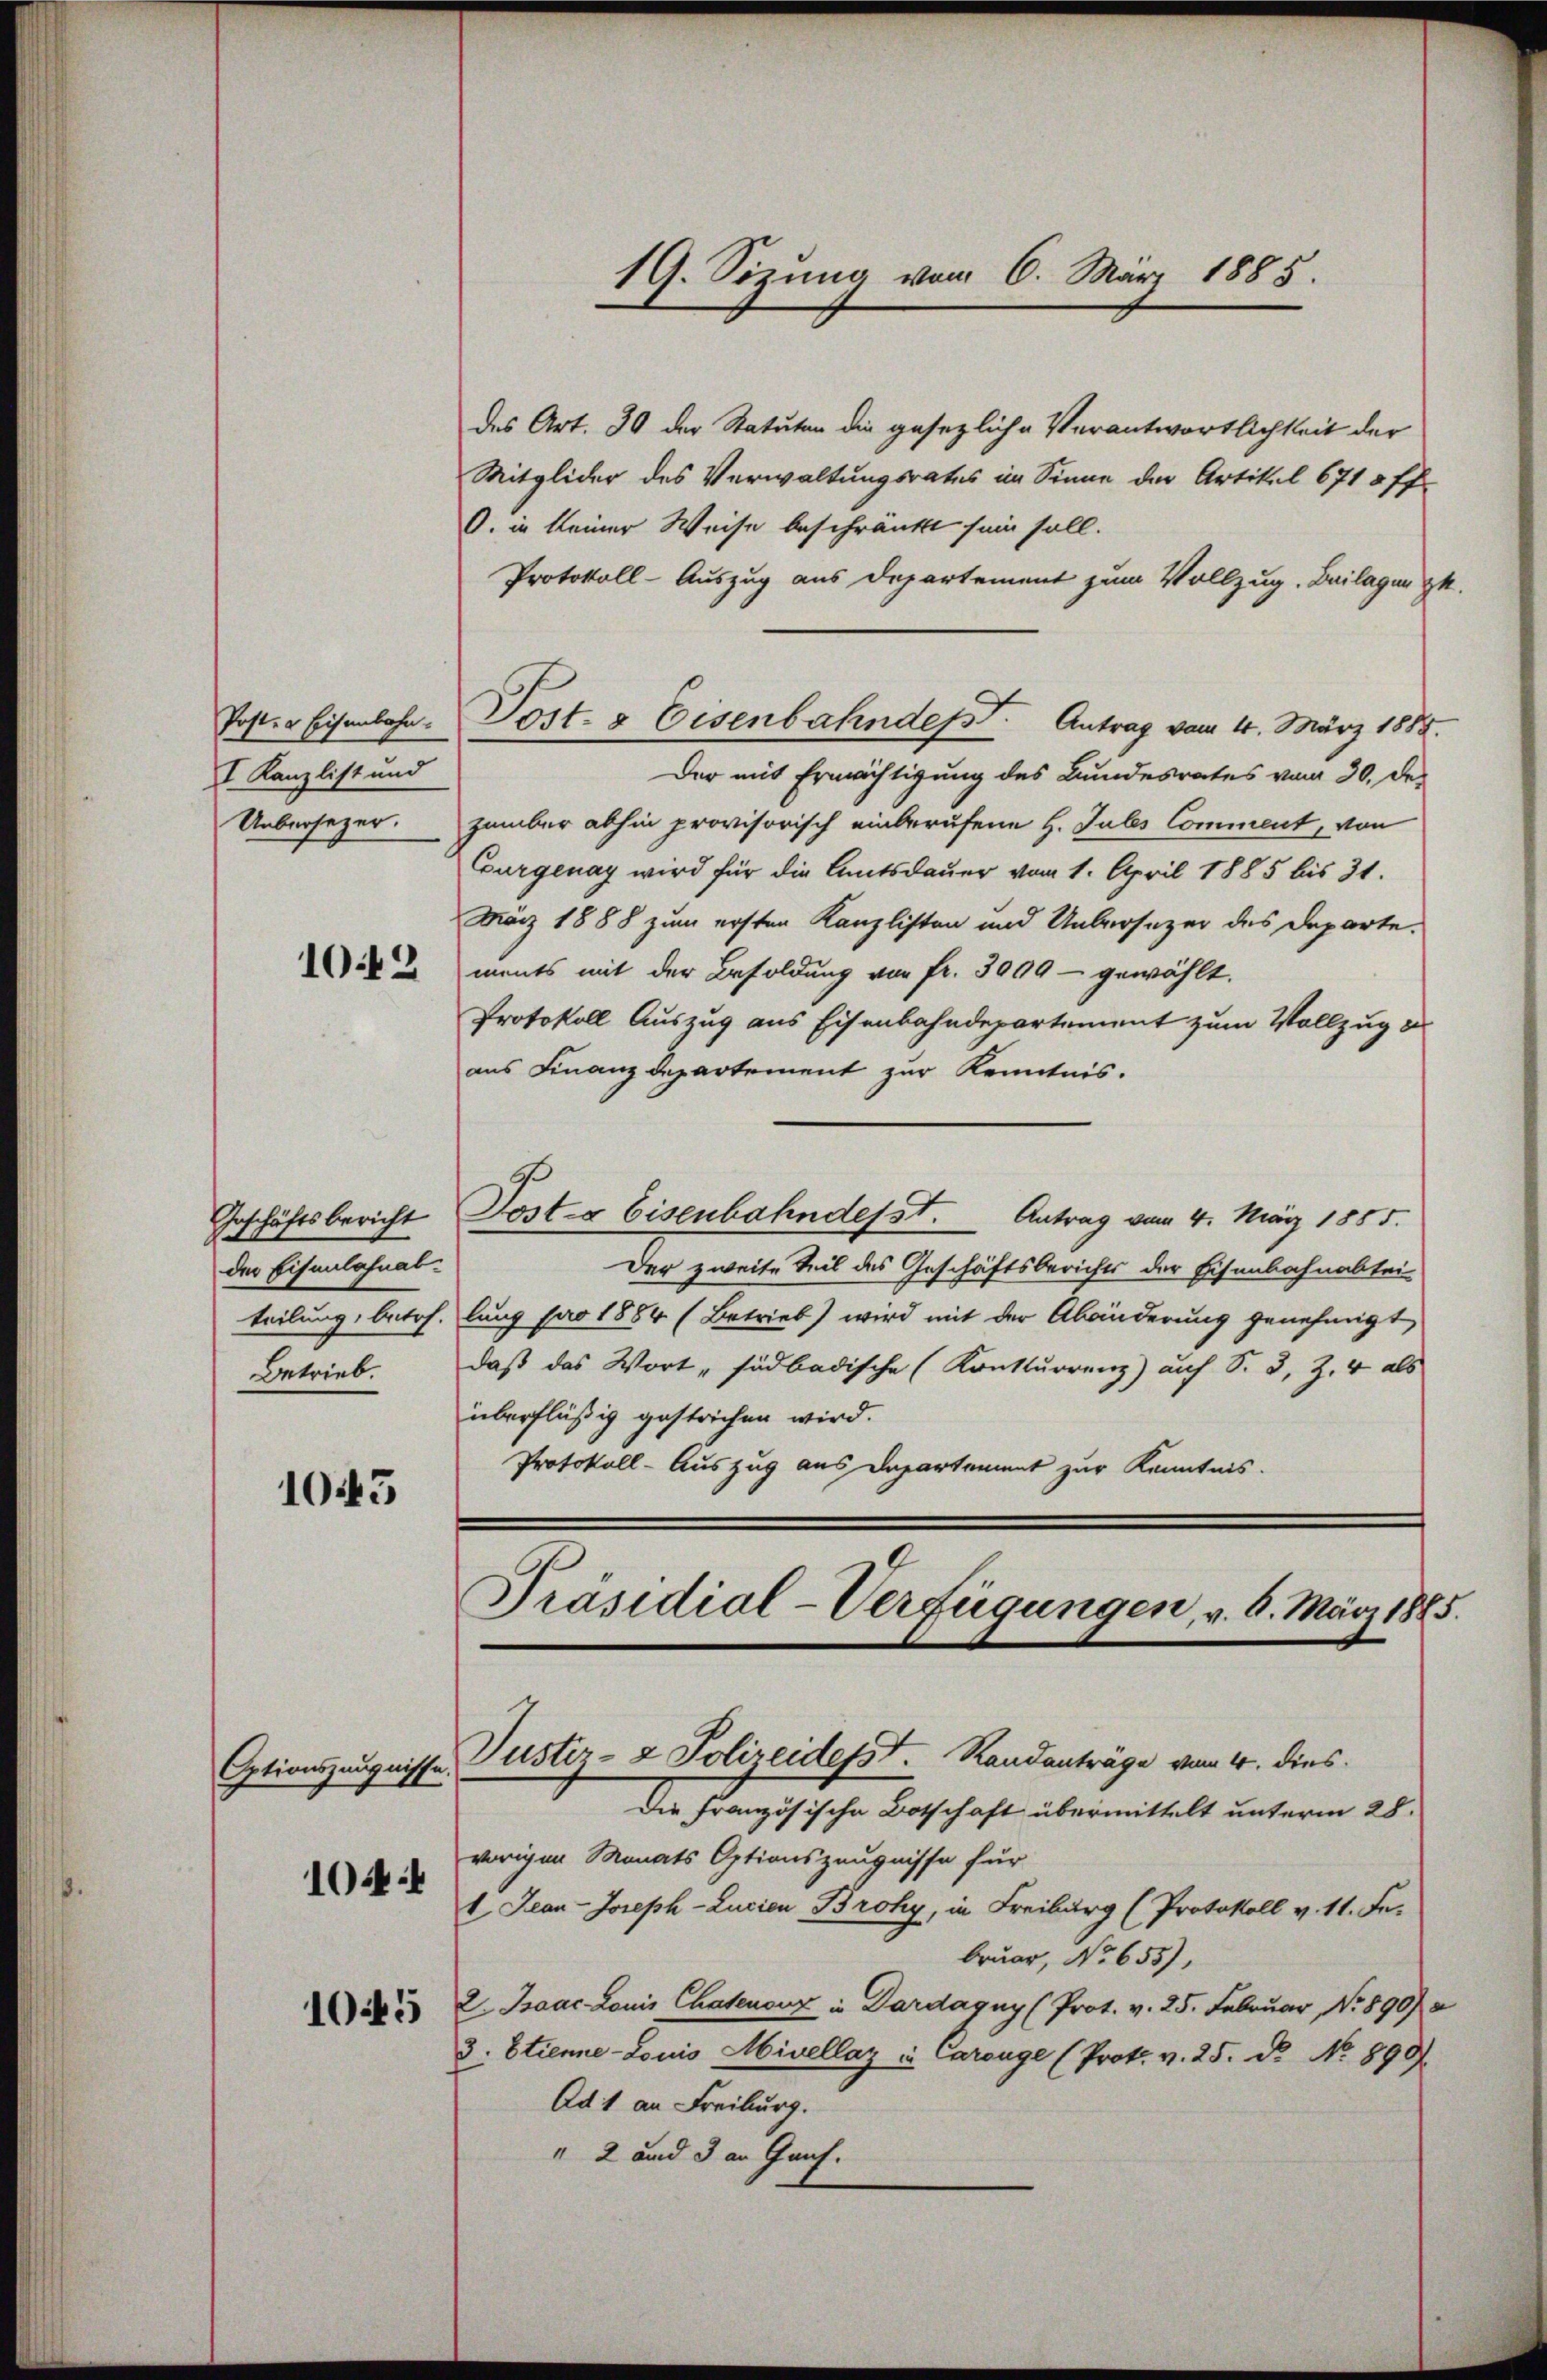
Post- & Eisenbahn.
I Kanzlist und
Uebersezer.

1012

Geschäftsbericht
der Eisenlahnabteilung, betr.
Betrieb.

1045

1044

1045

des Art. 30 der Statuten die gesezliche Verantwortlichkeit der
Mitglider des Verwaltungsrates im Sinne der Artikel 6718 ff.
O. in keiner Weise beschränkt sein soll.
Protokoll-Auszug aus Departement zum Vollzug. Beilagen z.
Der mit Ermächtigung des Bundesrates vom 30. de
zember abhin provisorisch einberufene H. Julis Comment, von
Gurgenay wird für die Amtsdauer vom 1. April 1885 bis 31.
März 1888 zum ersten Kanzlisten und Uebersezer des Departe.
ments mit der Besoldung von fr. 3000 - gewählt.
Protokoll Auszug aus Eisenbahndepartement zum Vollzug d
aus Finanzdepartement zur Kenntnis.
Post- & Eisenbahndesst. Antrag vom 4. März 1855.
Der zweite Teil des Geschäftsberichts der Eisenbahnabteilung pro 1884 (Betrieb) wird mit der Abänderung genehmigt
daß das Wort „südbadische (Konkurrenz) auf S. 3, Z. 4 als
überflüßig gestrichen wird.
Protokoll-Auszug aus Departement zur Kenntnis.
Präsidial-Verfügungen, v. 6. März 1885.

Post- & Eisenbahndesst. Antrag vom 4. März 1885.

19. Sizung vom 6. März 1885.

Optionszeugnisse, Justiz- & Polizeidesst. Randanträge vom 4. dies

Die Französische Botschaft übermittelt unterm 28.
vorigen Monats Optionszeugnisse für
1 Jean Joseph-Lucian Broky, in Freiburg (Protokoll v. 11. Fe
bruar, No 655),
2. Jac. Louis Chatenenz in Dardagny (Prot. v. 25. Februar Nr. 890) a
3. Etienne-Louis Mivellaz in Carouge (Prok. v. 25. d. No. 890
Ad 1 an Freiburg.
" 2 und 3 an Genf.